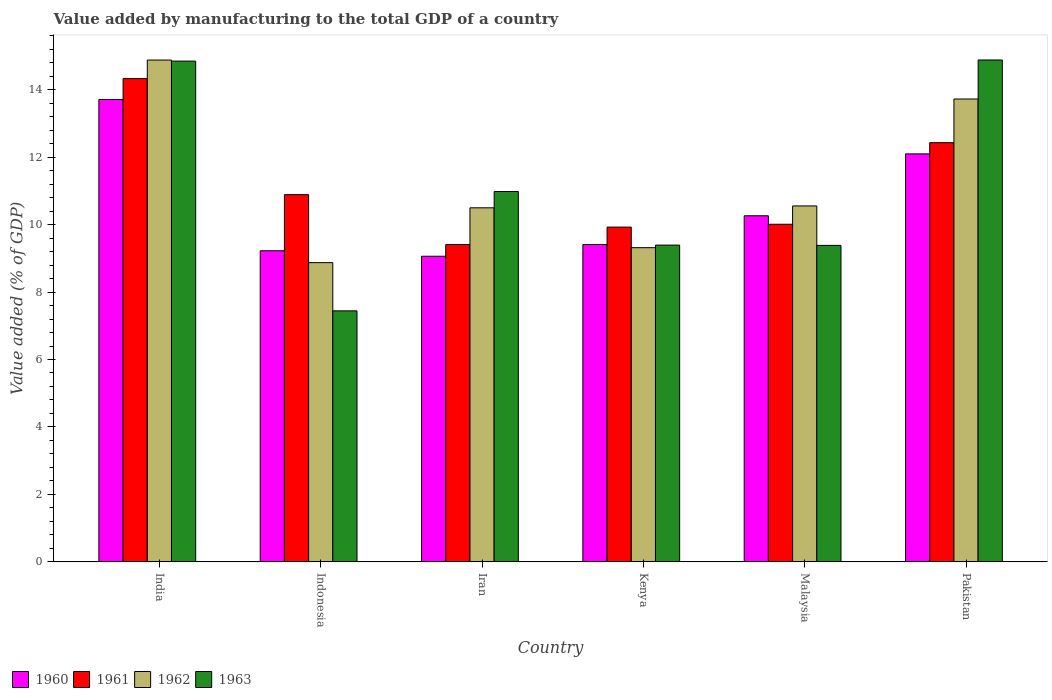
| Country | 1960 | 1961 | 1962 | 1963 |
 | --- | --- | --- | --- | --- |
 | India | 13.7 | 14.3 | 14.9 | 14.8 |
 | Indonesia | 9.22 | 10.9 | 8.87 | 7.44 |
 | Iran | 9.06 | 9.41 | 10.5 | 11 |
 | Kenya | 9.41 | 9.93 | 9.32 | 9.39 |
 | Malaysia | 10.3 | 10 | 10.6 | 9.38 |
 | Pakistan | 12.1 | 12.4 | 13.7 | 14.9 |